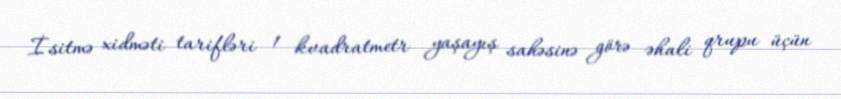
İsitmə xidməti tarifləri 1 kvadratmetr yaşayış sahəsinə görə əhali qrupu üçün